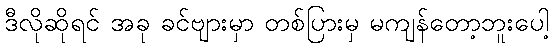
ဒီလိုဆိုရင် အခု ခင်ဗျားမှာ တစ်ပြားမှ မကျန်တော့ဘူးပေါ့